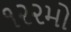
૧૨૨મો